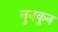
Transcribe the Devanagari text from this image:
नुनकुन